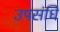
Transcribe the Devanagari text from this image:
उपसंधि